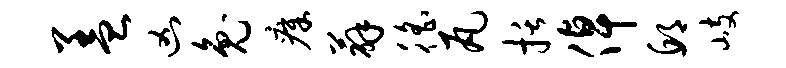
盖凶兔瘴薜徭瓦括倬邱岐